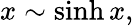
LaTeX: x\sim\sinh x,